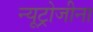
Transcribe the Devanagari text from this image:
न्यूट्रोजीना